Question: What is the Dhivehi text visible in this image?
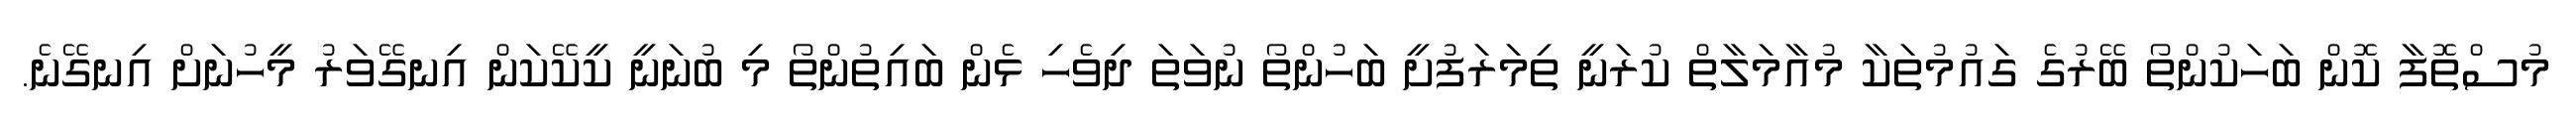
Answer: މުސްތޮފާ ކޮން ބަހަކުންތޯ ބޭރުގެ ގައުމުތަކާ މުއާމަލާތް ކުރަނީ ތިމަރަފުށީ ބަހުންތޯ ނުވަތަ ދިވެހި ޅެން ބައިތުންތޯ މި ބުނަނީ ކީކޭކަން އިނގޭވަރު މީހުނަށް އިނގޭނެ.